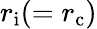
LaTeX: r_{\mathrm{{i}}}(=r_{\mathrm{{c}}})